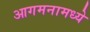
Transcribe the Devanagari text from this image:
आगमनामध्ये